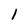
Character: 1